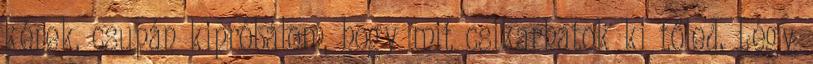
kérek, csupán kipróbálom, hogy mit csikarhatok ki tőled. Légy